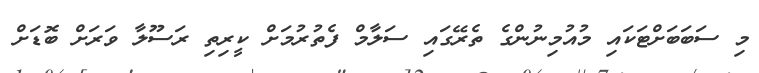
މި ސަބަބަށްޓަކައި މުއުމިނުންގެ ތެރޭގައި ސަލާމް ފެތުރުމަށް ކީރިތި ރަސޫލާ ވަރަށް ބޮޑަށް